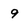
Character: 9